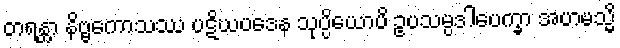
တရန္တာ နိဗ္ဗကောသဿ ပဋိဃပဒေန သုပ္ပိယောပိ ဥပသမ္ပဒါပေက္ခာ အဟမသ္မိ